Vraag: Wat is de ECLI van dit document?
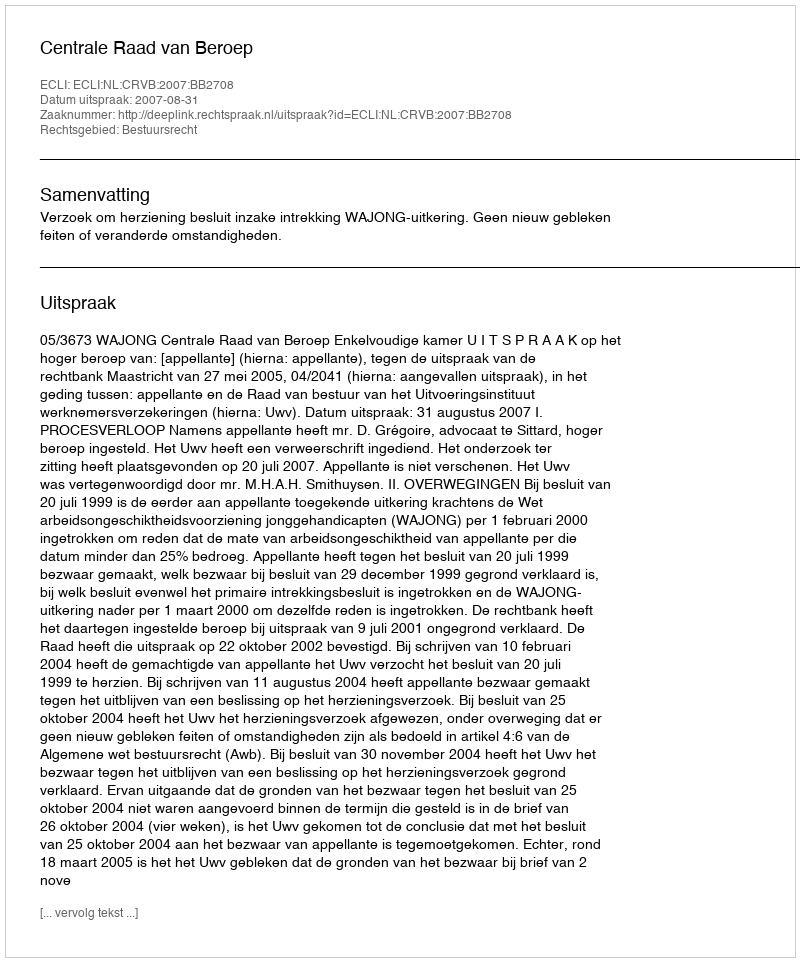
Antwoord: ECLI:NL:CRVB:2007:BB2708